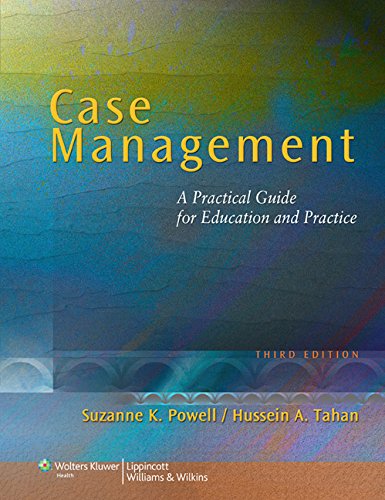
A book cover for Case Management: A Practical Guide for Education and Practice (NURSING CASE MANAGEMENT ( POWELL)); Suzanne K. Powell RN  BSN  CCM; Medical Books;